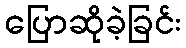
ပြောဆိုခဲ့ခြင်း